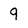
Character: 9